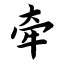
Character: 牵